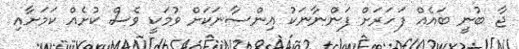
ޖާ ބުނީ ބައެއް ފަހަރަށް ފަންނާނަކު އިންސާނަކަށް ވުމަކީ ވެސް ކުށެއް ކަމަށާއި